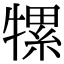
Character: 㹎